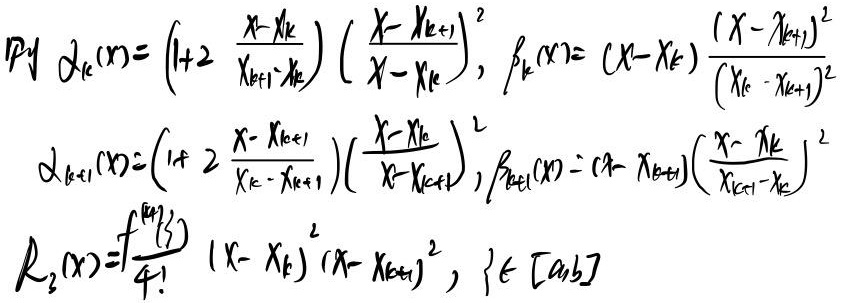
\[
\begin{align*}
\alpha_k(x)&=(1 + 2\frac{x - x_k}{x_{k+1}-x_k})(\frac{x - x_{k+1}}{x - x_k})^2, \quad\beta_k(x)=(x - x_k)(\frac{x - x_{k+1}}{x_k - x_{k+1}})^2\\
\alpha_{k + 1}(x)&=(1 + 2\frac{x - x_{k+1}}{x_k - x_{k+1}})(\frac{x - x_k}{x - x_{k+1}})^2, \quad\beta_{k+1}(x)=(x - x_{k+1})(\frac{x - x_k}{x_{k+1}-x_k})^2\\
R_2(x)&=\frac{f^{(4)}(\xi)}{4!}(x - x_k)^2(x - x_{k+1})^2, \quad\{\xi\in[a,b]\}
\end{align*}
\]